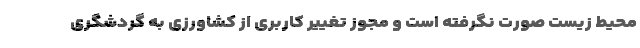
محیط زیست صورت نگرفته است و مجوز تغییر کاربری از کشاورزی به گردشگری